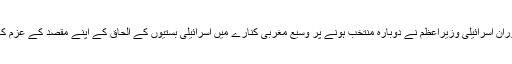
اپنے خطاب کے دوران اسرائیلی وزیراعظم نے دوبارہ منتخب ہونے پر وسیع مغربی کنارے میں اسرائیلی بستیوں کے الحاق کے اپنے مقصد کے عزم کا اظہار بھی کیا تھا۔